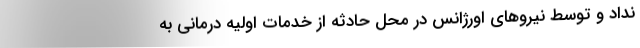
نداد و توسط نیروهای اورژانس در محل حادثه از خدمات اولیه درمانی به